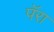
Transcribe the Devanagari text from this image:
पॅरा